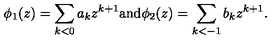
\phi _ { 1 } ( z ) = \sum _ { k < 0 } a _ { k } z ^ { k + 1 } \mathrm { a n d } \phi _ { 2 } ( z ) = \sum _ { k < - 1 } b _ { k } z ^ { k + 1 } .